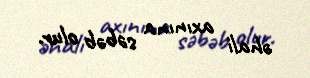
əhali axınına səbəb olur.